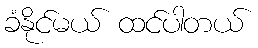
ခံနိုင်မယ် ထင်ပါတယ်